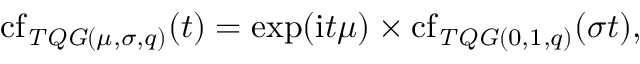
\operatorname { c f } _ { \mathit { T Q G } ( \mu , \sigma , q ) } ( t ) = \exp ( \mathrm { i } t \mu ) \times \operatorname { c f } _ { \mathit { T Q G } ( 0 , 1 , q ) } ( \sigma t ) ,